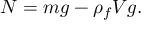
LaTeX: N = m g - \rho _ { f } V g .